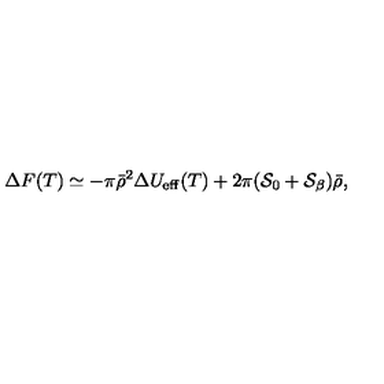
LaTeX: { \Delta } F ( T ) \simeq - \pi { \bar { \rho } } ^ { 2 } \Delta U _ { \mathrm { e f f } } ( T ) + 2 \pi ( { \cal S } _ { 0 } + { \cal S } _ { \beta } ) \bar { \rho } ,